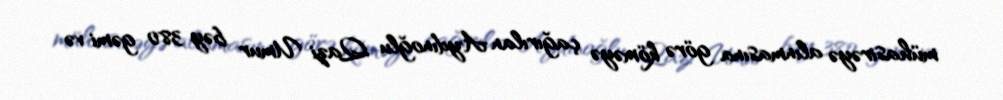
mühasirəyə alınmasına görə köməyə çağırılan Aydınoğlu Qazi Umur bəy 380 gəmi və